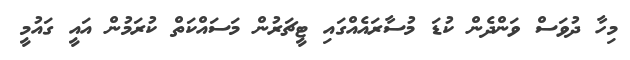
މިހާ ދުވަސް ވަންދެން ކުޑަ މުސާރައެއްގައި ޓީޗަރުން މަސައްކަތް ކުރަމުން އައީ ގައުމީ